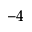
^ { - 4 }